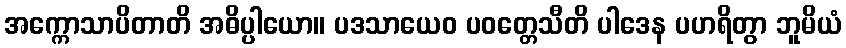
အက္ကောသာပိတာတိ အဓိပ္ပါယော။ ပဒသာယေဝ ပဝတ္တေသီတိ ပါဒေန ပဟရိတွာ ဘူမိယံ